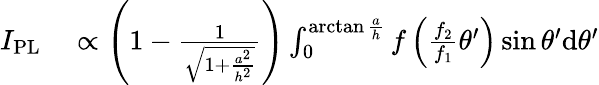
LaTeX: \begin{array}{rl}{I_{\mathrm{PL}}}&{{}\propto\left(1-\frac{1}{\sqrt{1+\frac{a^{2}}{h^{2}}}}\right)\int_{0}^{\arctan{\frac{a}{h}}}f\left(\frac{f_{2}}{f_{1}}\theta^{\prime}\right)\sin\theta^{\prime}\mathrm{d}\theta^{\prime}}\end{array}